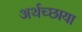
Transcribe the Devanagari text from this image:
अर्थच्छाया